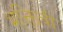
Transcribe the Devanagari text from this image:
भक्तिची